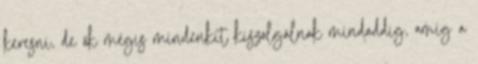
keresni, de ők mégis mindenkit kiszolgálnak mindaddig, amíg a